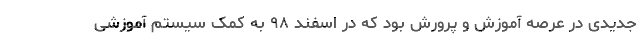
جدیدی در عرصه آموزش و پرورش بود که در اسفند ۹۸ به کمک سیستم آموزشی